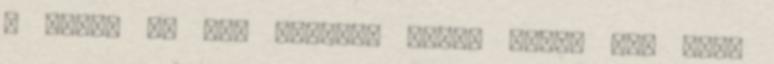
a közeg és még szoknia kell. Aztán meg kell